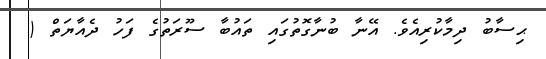
ޙިސާބު ދިމާކުރިއެވެ. އޭނާ ބުނާގޮތުގައި ތައުބާ ސޫރަތުގެ ފަހު ދެއާޔަތް (